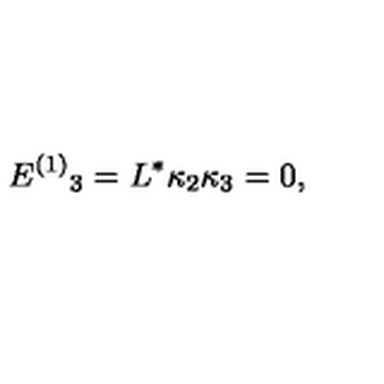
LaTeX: E ^ { ( 1 ) } { } _ { 3 } = L ^ { * } \kappa _ { 2 } \kappa _ { 3 } = 0 ,